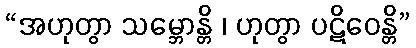
“အဟုတွာ သမ္ဘောန္တိ ၊ ဟုတွာ ပဋိဝေန္တိ”